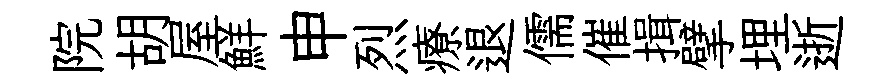
院胡屋鮮申烈療退儒催揖擘埋逝